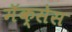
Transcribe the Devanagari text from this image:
मॅक्सेस